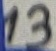
Text: 13